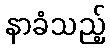
နာခံသည့်